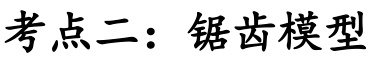
考点二：锯齿模型